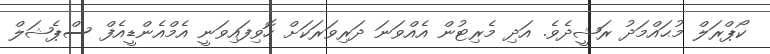
ކޯޕްރަލް މުޙައްމަދު ރަޝީދެވެ. އަދި މެރިޓުން އެއްވަނަ ދަރިވަރަކަށް ހޮވިފައިވަނީ އެމްއެންޑީއެފް ސްޕެޝަލް